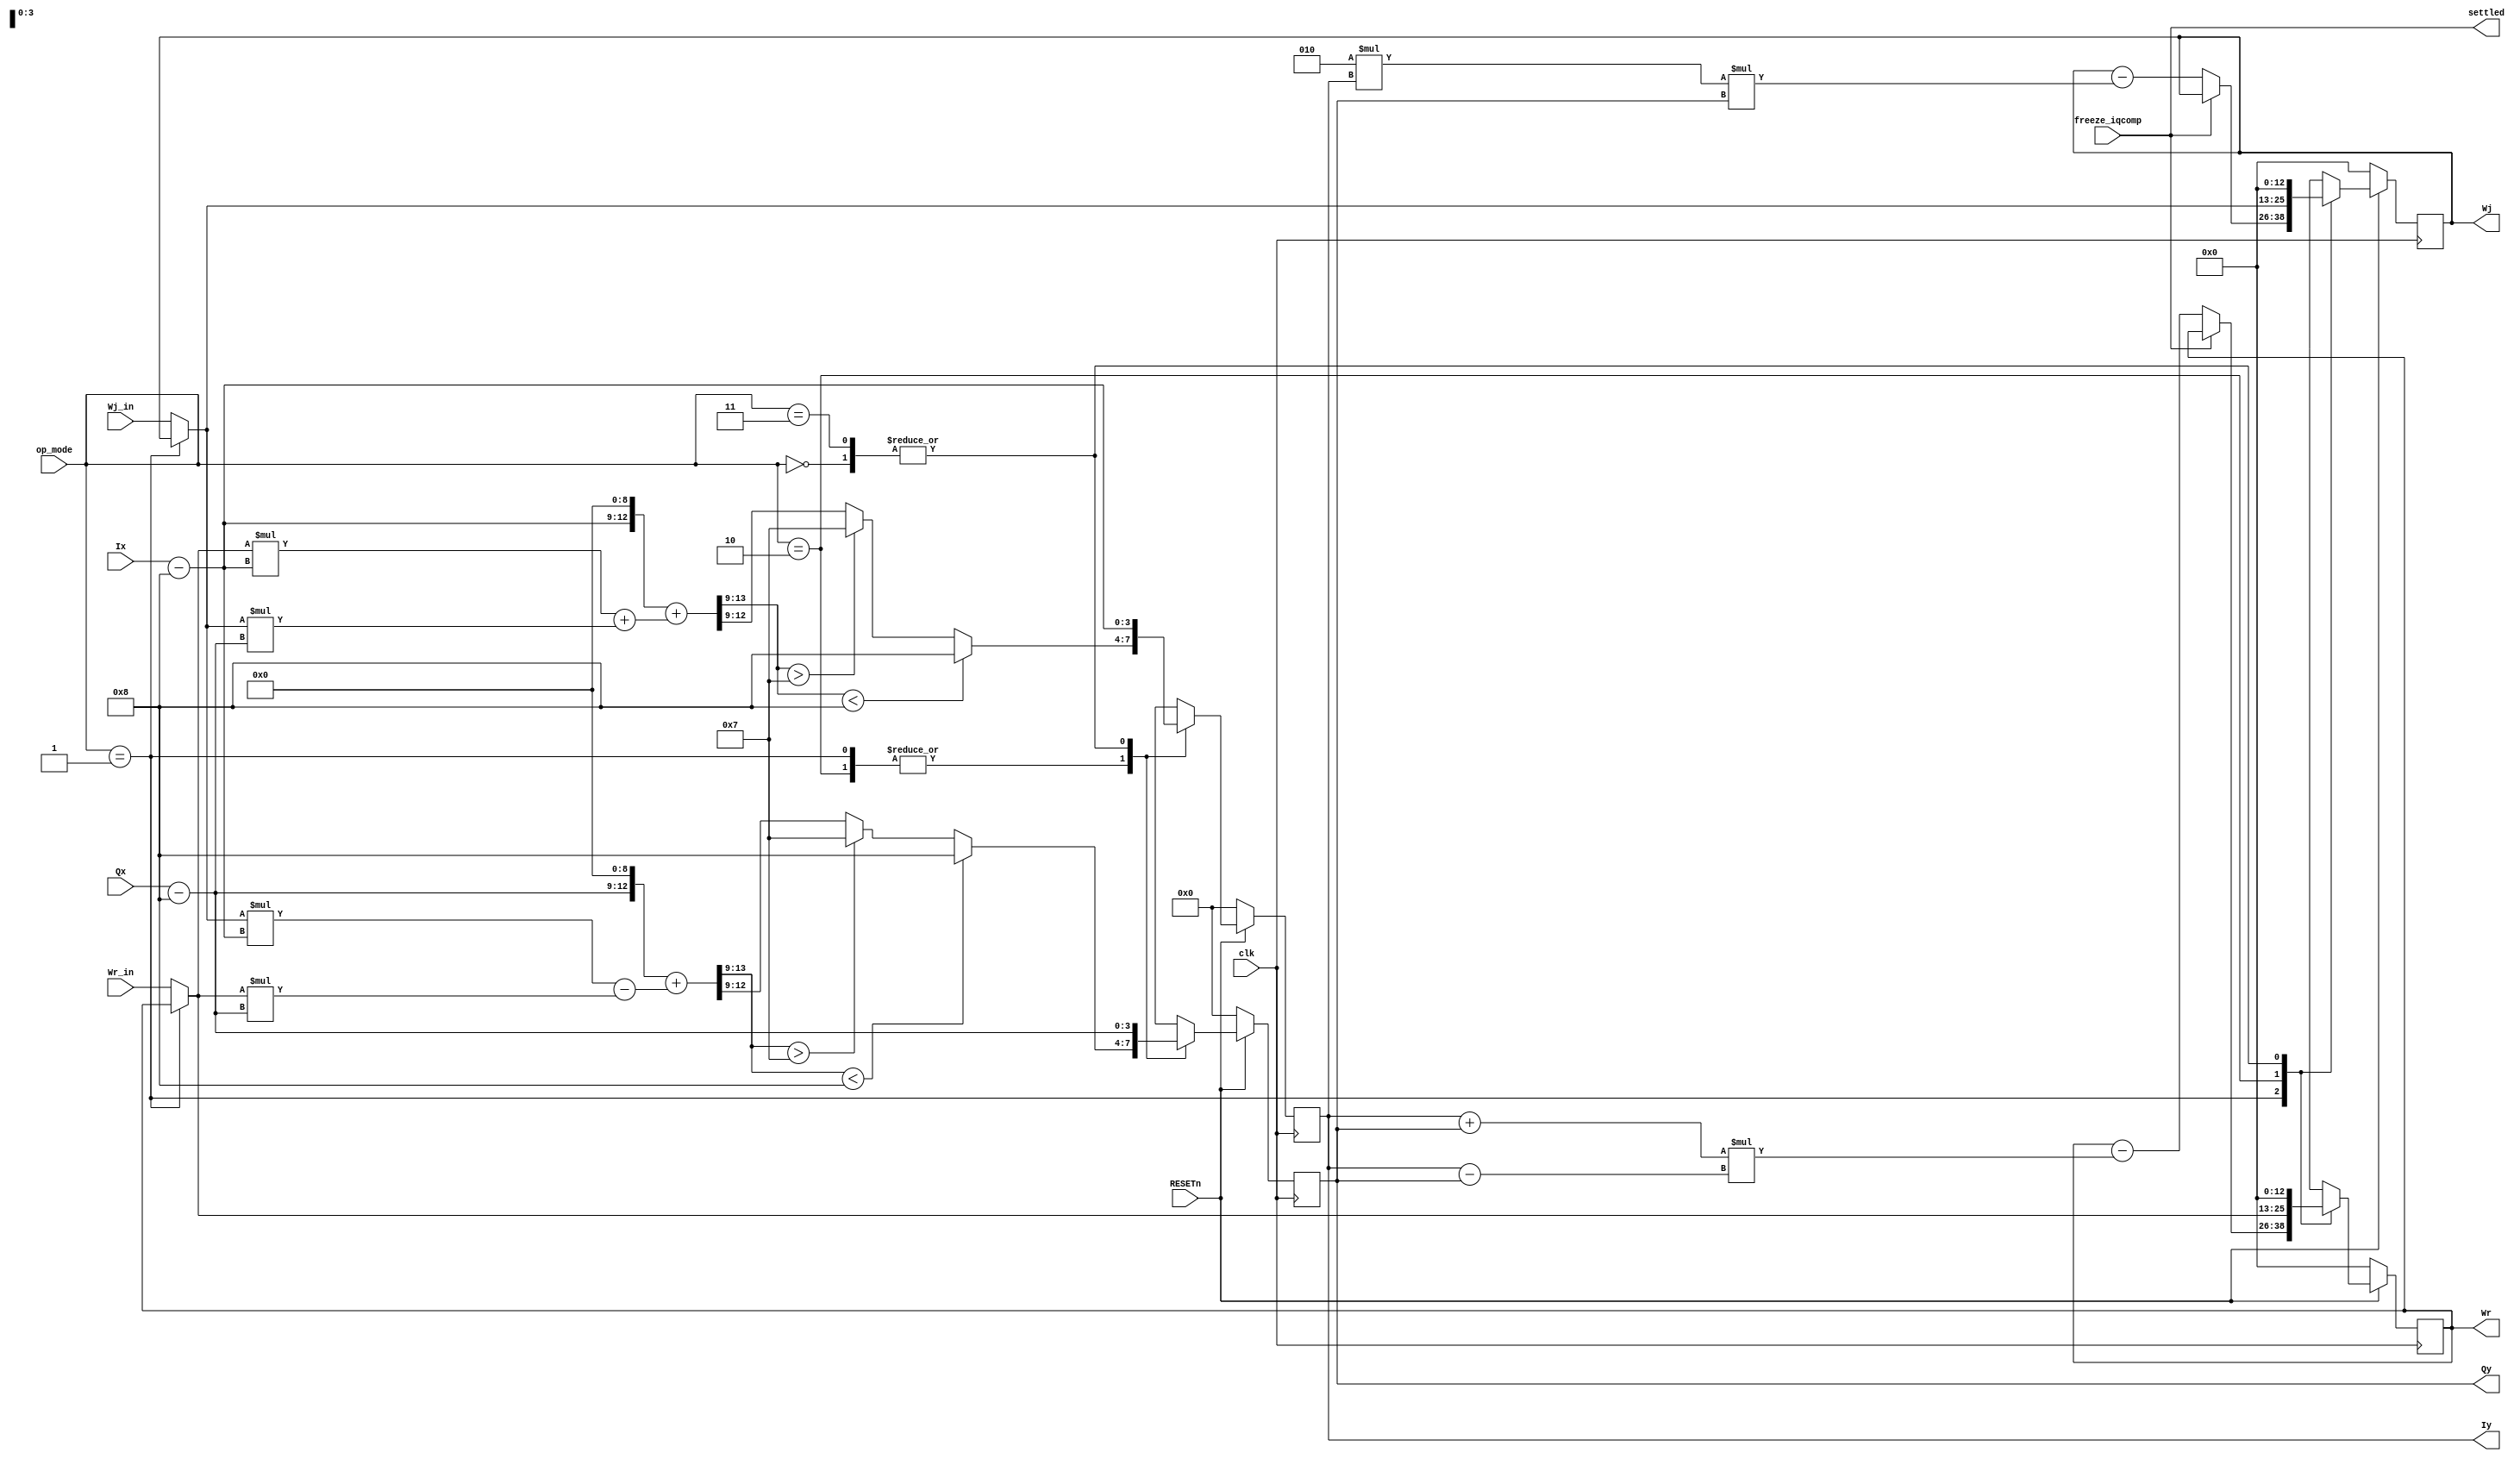
module iq_comp (
	input clk, RESETn,
	input freeze_iqcomp,				//Should come from Start Signal FSM, freezes W values when on
	input [1:0] op_mode,
	input [3:0] Ix, Qx,
	input signed [12:0] Wr_in, Wj_in,	//Externally supplied W, used when op_mode = EXT_W
	output reg signed [3:0] Iy, Qy,		//Rotated and compensated IQ

	//Debugging signals
	output wire settled,				//Used to tell MCU to store W values
	output reg signed [12:0] Wr, Wj
);

//Declare mode parameters
localparam BYPASS = 2'b00;
localparam INT_W = 2'b01;
localparam EXT_W = 2'b10;
localparam CONT_W = 2'b11;				//Not yet implemented. Same as Bypass.

//Convert to signed I,Q
wire signed [3:0] Ix_s;
wire signed [3:0] Qx_s;

//Step value
wire [3:0] M;

//Signals for combinational math
wire signed [12:0] Wr_use;
wire signed [12:0] Wj_use;
reg signed [3:0] I_math;
reg signed [3:0] Q_math;
wire signed [12:0] Wr_math;
wire signed [12:0] Wj_math;

wire signed [25:0] I_math_intermediate1;
wire signed [25:0] Q_math_intermediate1;
wire signed [4:0] I_math_intermediate2;
wire signed [4:0] Q_math_intermediate2;
wire signed [25:0] Ix_s_shifted;
wire signed [25:0] Qx_s_shifted;

assign settled = freeze_iqcomp;		//Temporary solution

assign M = 4'd9;					//log2(512) = 9, divide by 512 -> arithmetic right shift by 9

assign Ix_s = Ix - 4'd8;
assign Qx_s = Qx - 4'd8;

//Choose W used to compensate
assign Wr_use = (op_mode == INT_W) ? Wr : Wr_in;
assign Wj_use = (op_mode == INT_W) ? Wj : Wj_in;

assign Ix_s_shifted = $signed(Ix_s) <<< M;
assign Qx_s_shifted = $signed(Qx_s) <<< M;

assign I_math_intermediate1 = Ix_s_shifted + $signed(((Wr_use * Ix_s) + (Wj_use * Qx_s)));
assign Q_math_intermediate1 = Qx_s_shifted + $signed(((Wj_use * Ix_s) - (Wr_use * Qx_s)));

assign I_math_intermediate2 = $signed(I_math_intermediate1) >>> M;
assign Q_math_intermediate2 = $signed(Q_math_intermediate1) >>> M;

// assign I_math = Ix_s + $signed($signed(((Wr_use * Ix_s) + (Wj_use * Qx_s))) >>> M);
// assign Q_math = Qx_s + $signed($signed(((Wj_use * Ix_s) - (Wr_use * Qx_s))) >>> M);

always @(*) begin
	if($signed(I_math_intermediate2) < $signed(0-5'd8)) begin
		I_math = $signed(-4'd8);
	end
	else if($signed(I_math_intermediate2) > $signed(5'd7)) begin
		I_math = $signed(4'd7);
	end
	else begin
		I_math = $signed(I_math_intermediate2);
	end

	if($signed(Q_math_intermediate2) < $signed(0-5'd8)) begin
		Q_math = $signed(-4'd8);
	end
	else if($signed(Q_math_intermediate2) > $signed(5'd7)) begin
		Q_math = $signed(4'd7);
	end
	else begin
		Q_math = $signed(Q_math_intermediate2);
	end
end

assign Wr_math = $signed(Wr - ((Iy + Qy) * (Iy - Qy)));
assign Wj_math = $signed(Wj - 2 * Iy * Qy);

always @(posedge clk) begin
	if(~RESETn) begin
		Iy <= 0;
		Qy <= 0;
		Wr <= 0;
		Wj <= 0;
	end else begin
		case (op_mode)
			BYPASS: begin
				Iy <= Ix_s;
				Qy <= Qx_s;
				Wr <= 0;
				Wj <= 0;
			end
			INT_W: begin 
				Iy <= I_math;
				Qy <= Q_math;
				if(freeze_iqcomp) begin 
					Wr <= Wr;
					Wj <= Wj;
				end else begin
					Wr <= Wr_math;
					Wj <= Wj_math;
				end
			end
			EXT_W: begin
				Iy <= I_math;
				Qy <= Q_math;
				Wr <= Wr_use;	//Output the same W that's fed in
				Wj <= Wj_use;	//Output the same W that's fed in
			end
			CONT_W: begin		//Same as BYPASS
				Iy <= Ix_s;
				Qy <= Qx_s;
				Wr <= 0;
				Wj <= 0;
			end
			default : /* default */;
		endcase
	end
end
endmodule